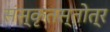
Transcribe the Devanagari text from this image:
संस्कृतस्तोत्र